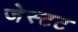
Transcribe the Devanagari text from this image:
जेस्टट